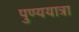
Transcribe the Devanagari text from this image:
पुण्ययात्रा